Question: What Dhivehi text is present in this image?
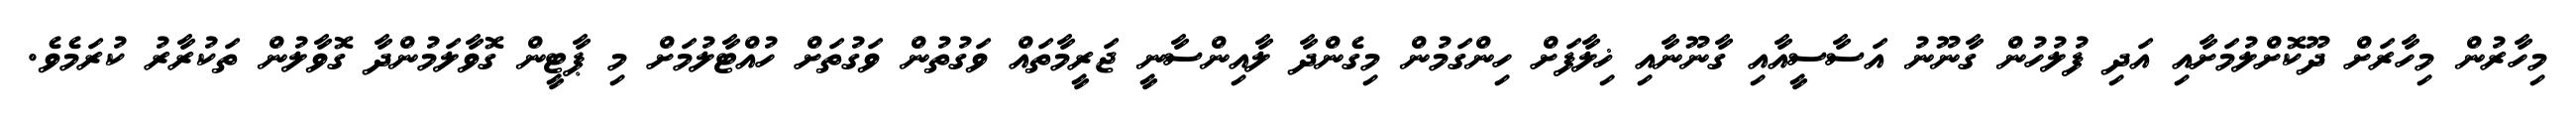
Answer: މިހާރުން މިހާރަށް ދޫކޮށްލުމަށާއި އަދި ފުލުހުން ގާނޫނު އަސާސީއާއި ގާނޫނާއި ޚިލާފަށް ހިންގަމުން މިގެންދާ ލާއިންސާނީ ޖަރީމާތައް ވަގުތުން ވަގުތަށް ހުއްޓާލުމަށް މި ޕާޓީން ގޮވާލަމުންދާ ގޮވާލުން ތަކުރާރު ކުރަމެވެ.